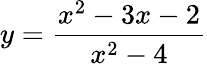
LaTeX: y={\frac{x^{2}-3x-2}{x^{2}-4}}